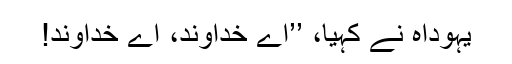
یہوداہ نے کہیا، ’’اے خداوند، اے خُداوند!